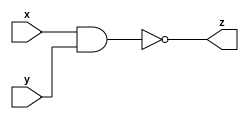
module Nand_1210708 #(parameter n =4) (input [n+1:0] x, y,
										output [n+1:0] z);
//A module that assign the output as x nand y
  assign z = ~(x & y);

endmodule